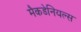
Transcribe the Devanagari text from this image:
मैकडेनियल्स